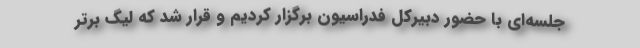
جلسه‌ای با حضور دبیرکل فدراسیون برگزار کردیم و قرار شد که لیگ برتر